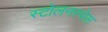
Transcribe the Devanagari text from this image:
स्टोलनस्पेस